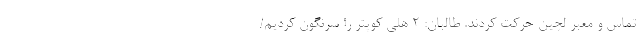
تماس و معبر لچین حرکت کردند. طالبان: 2 هلی کوپتر را سرنگون کردیم/